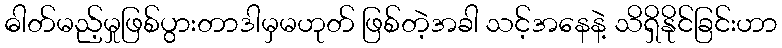
ဓါတ်မည့်မှုဖြစ်ပွားတာဒါမှမဟုတ် ဖြစ်တဲ့အခါ သင့်အနေနဲ့ သိရှိနိုင်ခြင်းဟာ